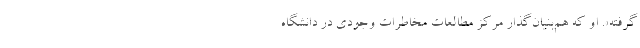
گرفته». او که هم‌بنیان‌گذار مرکز مطالعات مخاطرات وجودی در دانشگاه